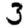
Digit: 3